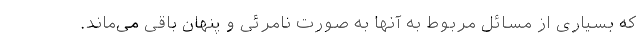
که بسیاری از مسائل مربوط به آنها به صورت نامرئی و پنهان باقی می‌ماند.